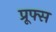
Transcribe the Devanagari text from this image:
प्रूफ्स